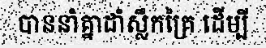
បាននាំគ្នាដាំស្លឹកគ្រៃ ដើម្បី